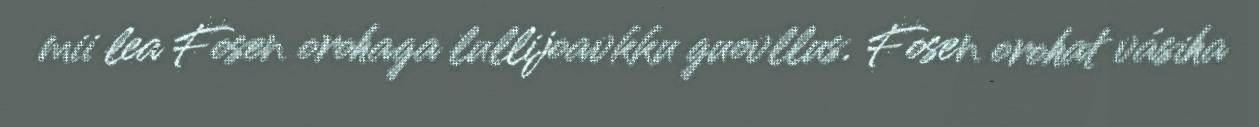
mii lea Fosen orohaga lullijoavkku guovllus. Fosen orohat vásiha